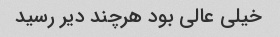
خیلی عالی بود هرچند دیر رسید